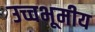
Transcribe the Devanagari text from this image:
उच्चभूमीय